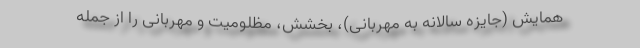
همایش (جایزه سالانه به مهربانی)، بخشش، مظلومیت و مهربانی را از جمله